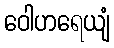
ဝေါဟရေယျံ